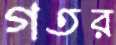
গতর